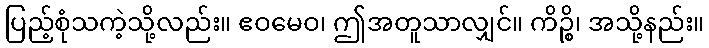
ပြည့်စုံသကဲ့သို့လည်း။ ဧဝမေဝ၊ ဤအတူသာလျှင်။ ကိဉ္စိ၊ အသို့နည်း။